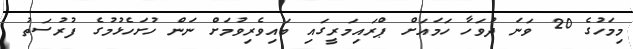
މިމަހުގެ 20 ވަނަ ދުވަހާ ހަމައަށް ޕްރައިމަރީގައި ބައިވެރިވުމަށް ނަން ހުށަހެޅުމުގެ ފުރުސަތު